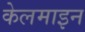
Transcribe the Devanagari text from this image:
केलमाइन